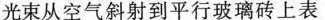
光束从空气斜射到平行玻璃砖上表